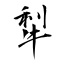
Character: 犁